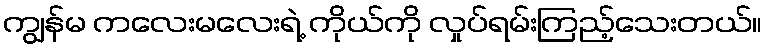
ကျွန်မ ကလေးမလေးရဲ့ ကိုယ်ကို လှုပ်ရမ်းကြည့်သေးတယ်။